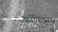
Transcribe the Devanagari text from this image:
काॅक्लियर